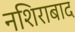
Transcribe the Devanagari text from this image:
नशिराबाद